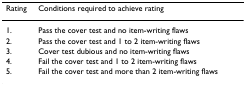
| Rating | Conditions required to achieve rating |
 | --- | --- |
 | 1. | Pass the cover test and no item-writing flaws |
 | 2. | Pass the cover test and 1 to 2 item-writing flaws |
 | 3. | Cover test dubious and no item-writing flaws |
 | 4. | Fail the cover test and 1 to 2 item-writing flaws |
 | 5. | Fail the cover test and more than 2 item-writing flaws |